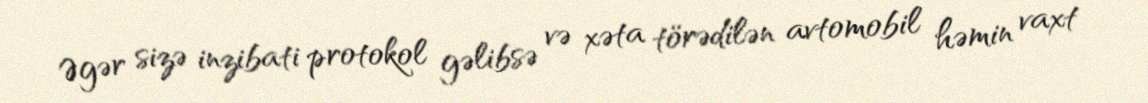
Əgər sizə inzibati protokol gəlibsə və xəta törədilən avtomobil həmin vaxt